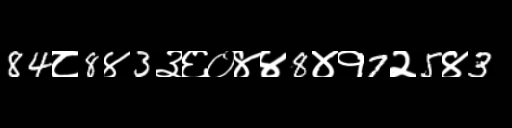
Text: 84८8४3३६०४४8४१7२5४3